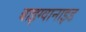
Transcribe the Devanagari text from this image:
बाइग्वानाइड